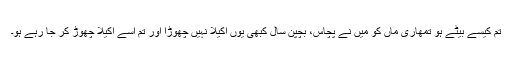
تم کیسے بیٹے ہو تمھاری ماں کو میں نے پچاس، بچپن سال کبھی یوں اکیلا نہیں چھوڑا اور تم اسے اکیلا چھوڑ کر جا رہے ہو۔